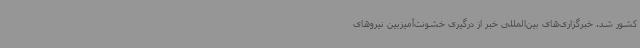
کشور شد. خبرگزاری‌های بین‌المللی خبر از درگیری خشونت‌آمیزبین نیروهای